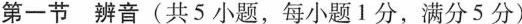
第一节 辨音(共5 小题,每小题 1 分,满分5 分)